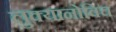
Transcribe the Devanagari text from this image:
लुक्यानोविच